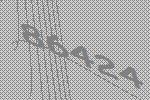
86424